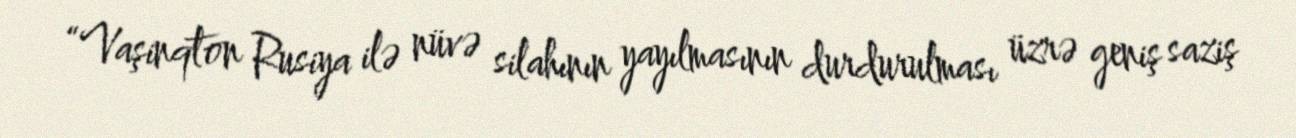
“Vaşinqton Rusiya ilə nüvə silahının yayılmasının durdurulması üzrə geniş saziş